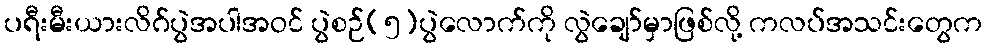
ပရီးမီးယားလိဂ်ပွဲအပါအဝင် ပွဲစဉ်(၅)ပွဲလောက်ကို လွဲချော်မှာဖြစ်လို့ ကလပ်အသင်းတွေက